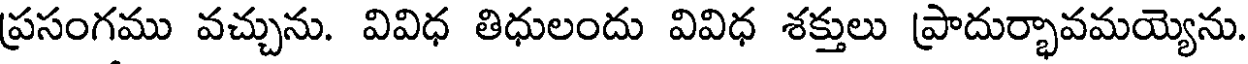
ప్రసంగము వచ్చును. వివిధ తిధులందు వివిధ శక్తులు ప్రాదుర్భావమయ్యెను.